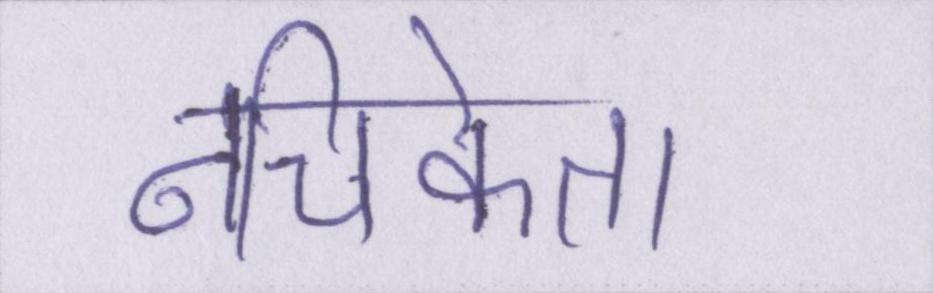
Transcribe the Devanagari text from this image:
नचिकेता